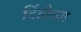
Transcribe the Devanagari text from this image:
दिंडीच्या